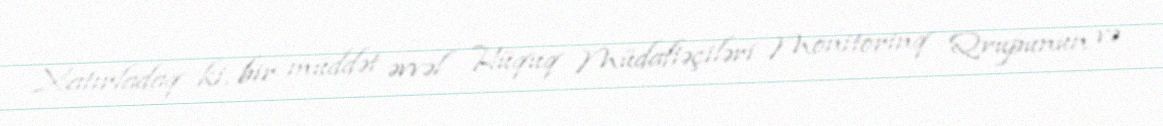
Xatırladaq ki, bir müddət əvvəl Hüquq Müdafiəçiləri Monitorinq Qrupunun və